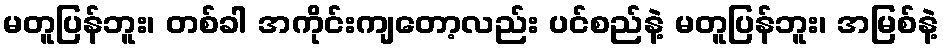
မတူပြန်ဘူး၊ တစ်ခါ အကိုင်းကျတော့လည်း ပင်စည်နဲ့ မတူပြန်ဘူး၊ အမြစ်နဲ့